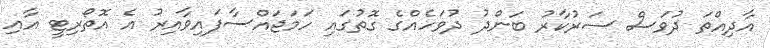
އާދިއްތަ ދުވަސް ސަރުކާރު ބަންދު ދުވަހެއްގެ ގޮތުގައި ހަމަޖައްސާފައިވާއިރު އެ އޮތޯރިޓީ އާއި